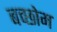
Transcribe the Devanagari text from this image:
बच्छोम